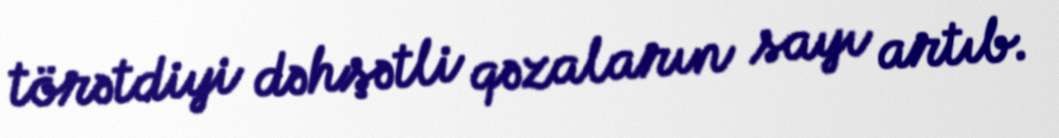
törətdiyi dəhşətli qəzaların sayı artıb.